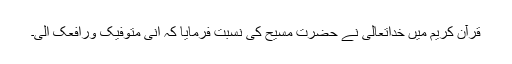
قرآن کریم میں خداتعالیٰ نے حضرت مسیح کی نسبت فرمایا کہ اِنِّی مُتَوَفِّیْکَ وَرَافِعُکَ اِلَیَّ۔